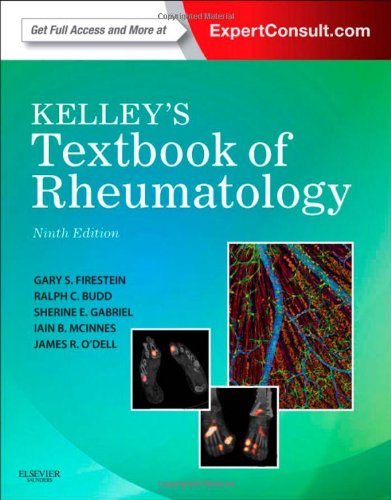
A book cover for Kelley's Textbook of Rheumatology: Expert Consult Premium Edition - Enhanced Online Features and Print, 2-Volume Set, 9e (Kelleys Textbbok of Rheumatology); Gary S. Firestein MD; Health, Fitness & Dieting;